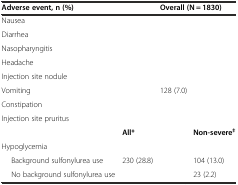
<table><thead><tr><td colspan="2"><b>Adverse event, n (%)</b></td><td colspan="2"><b>Overall (N = 1830)</b></td></tr></thead><tbody><tr><td colspan="2">Nausea</td><td colspan="2">[EMPTY_CELL]</td></tr><tr><td colspan="2">Diarrhea</td><td colspan="2">[EMPTY_CELL]</td></tr><tr><td colspan="2">Nasopharyngitis</td><td colspan="2">[EMPTY_CELL]</td></tr><tr><td colspan="2">Headache</td><td colspan="2">[EMPTY_CELL]</td></tr><tr><td colspan="2">Injection site nodule</td><td colspan="2">[EMPTY_CELL]</td></tr><tr><td colspan="2">Vomiting</td><td colspan="2">128 (7.0)</td></tr><tr><td colspan="2">Constipation</td><td colspan="2">[EMPTY_CELL]</td></tr><tr><td colspan="2">Injection site pruritus</td><td colspan="2">[EMPTY_CELL]</td></tr><tr><td>[EMPTY_CELL]</td><td><b>All*</b></td><td>[EMPTY_CELL]</td><td><b>Non-severe</b><sup><b>‡</b></sup></td></tr><tr><td>Hypoglycemia</td><td>[EMPTY_CELL]</td><td>[EMPTY_CELL]</td><td>[EMPTY_CELL]</td></tr><tr><td>Background sulfonylurea use</td><td>230 (28.8)</td><td>[EMPTY_CELL]</td><td>104 (13.0)</td></tr><tr><td>No background sulfonylurea use</td><td>[EMPTY_CELL]</td><td>[EMPTY_CELL]</td><td>23 (2.2)</td></tr></tbody></table>